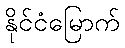
နိုင်ငံမြောက်